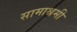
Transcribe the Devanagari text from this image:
सामाश्रमी